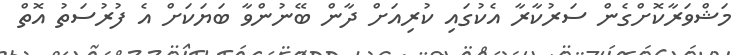
މަޝްވަރާކޮށްގެން ސަރުކާރާ އެކުގައި ކުރިއަށް ދާން ބޭނުންވާ ބަޔަކަށް އެ ފުރުސަތު އޮތް